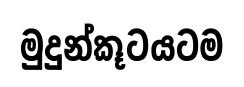
මුදුන්කූටයටම